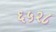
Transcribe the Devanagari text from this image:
६५२८